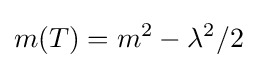
m(T)=m^{2}-\lambda ^{2}/2